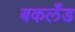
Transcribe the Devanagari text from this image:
बकलँड